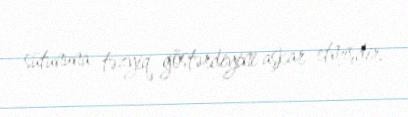
sütununa təzyiq göstərdiyini aşkar etmişdir.